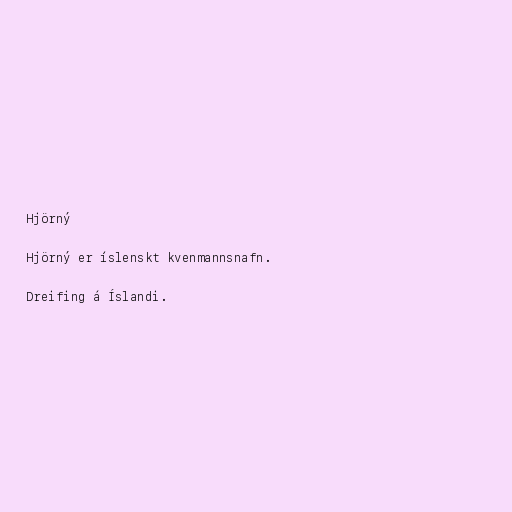
Hjörný

Hjörný er íslenskt kvenmannsnafn.

Dreifing á Íslandi.